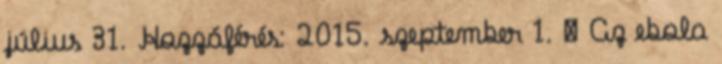
július 31. Hozzáférés: 2015. szeptember 1. ↑ Az ebola